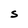
Character: S